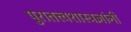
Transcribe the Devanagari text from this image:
पुरातत्त्वशास्त्रज्ञांनी